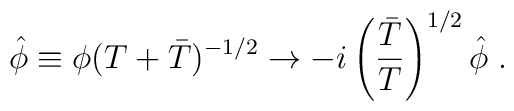
\hat \phi \equiv \phi (T+\bar T)^{-1/2}\rightarrow  -i \left({\bar T\over  T}\right)^{1/2}  \hat \phi\;.